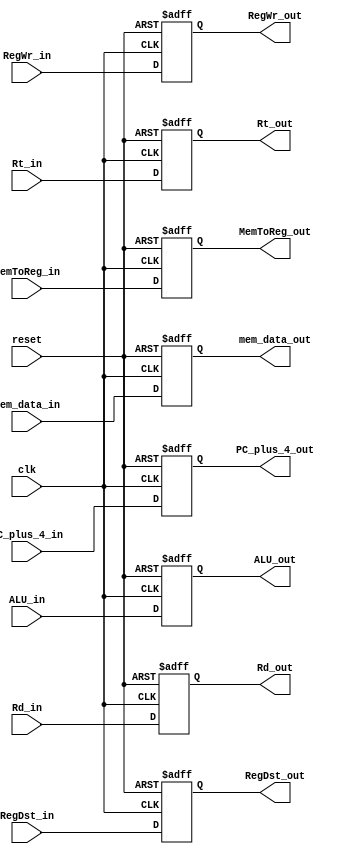
`timescale 1ns/1ps

module MEM_WB_Reg(
	clk,
	reset,

	RegDst_in,
	RegWr_in, 
	MemToReg_in,

	PC_plus_4_in,
	ALU_in,
	mem_data_in,
	Rt_in,
	Rd_in,

	RegDst_out,
	RegWr_out,
	MemToReg_out,

	PC_plus_4_out,
	ALU_out,
	mem_data_out,
	Rt_out,
	Rd_out
	);

input clk;
input reset;
input [1:0] RegDst_in; 
input RegWr_in;
input [1:0] MemToReg_in;
input [31:0] PC_plus_4_in;
input [31:0] ALU_in;
input [31:0] mem_data_in;
input [4:0] Rt_in;
input [4:0] Rd_in;

output reg [1:0] RegDst_out;
output reg RegWr_out;
output reg [1:0] MemToReg_out;
output reg [31:0] PC_plus_4_out;
output reg [31:0] ALU_out;
output reg [31:0] mem_data_out;
output reg [4:0] Rt_out;
output reg [4:0] Rd_out;

always @(posedge clk or negedge reset)
begin
	if(~reset)
	begin
		RegDst_out <= 2'b00;
		RegWr_out <= 0;
		MemToReg_out <= 2'b00;
		PC_plus_4_out <= 32'h00000000;
		ALU_out <= 32'h00000000;
		mem_data_out <= 32'h00000000;
		Rt_out <= 5'b00000;
		Rd_out <= 5'b00000;
	end
	else
	begin
		RegDst_out <= RegDst_in;
		RegWr_out <= RegWr_in;
		MemToReg_out <= MemToReg_in;
		PC_plus_4_out <= PC_plus_4_in;
		ALU_out <= ALU_in;
		mem_data_out <= mem_data_in;
		Rt_out <= Rt_in;
		Rd_out <= Rd_in;
	end
end

endmodule